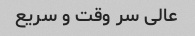
عالی سر وقت و سریع